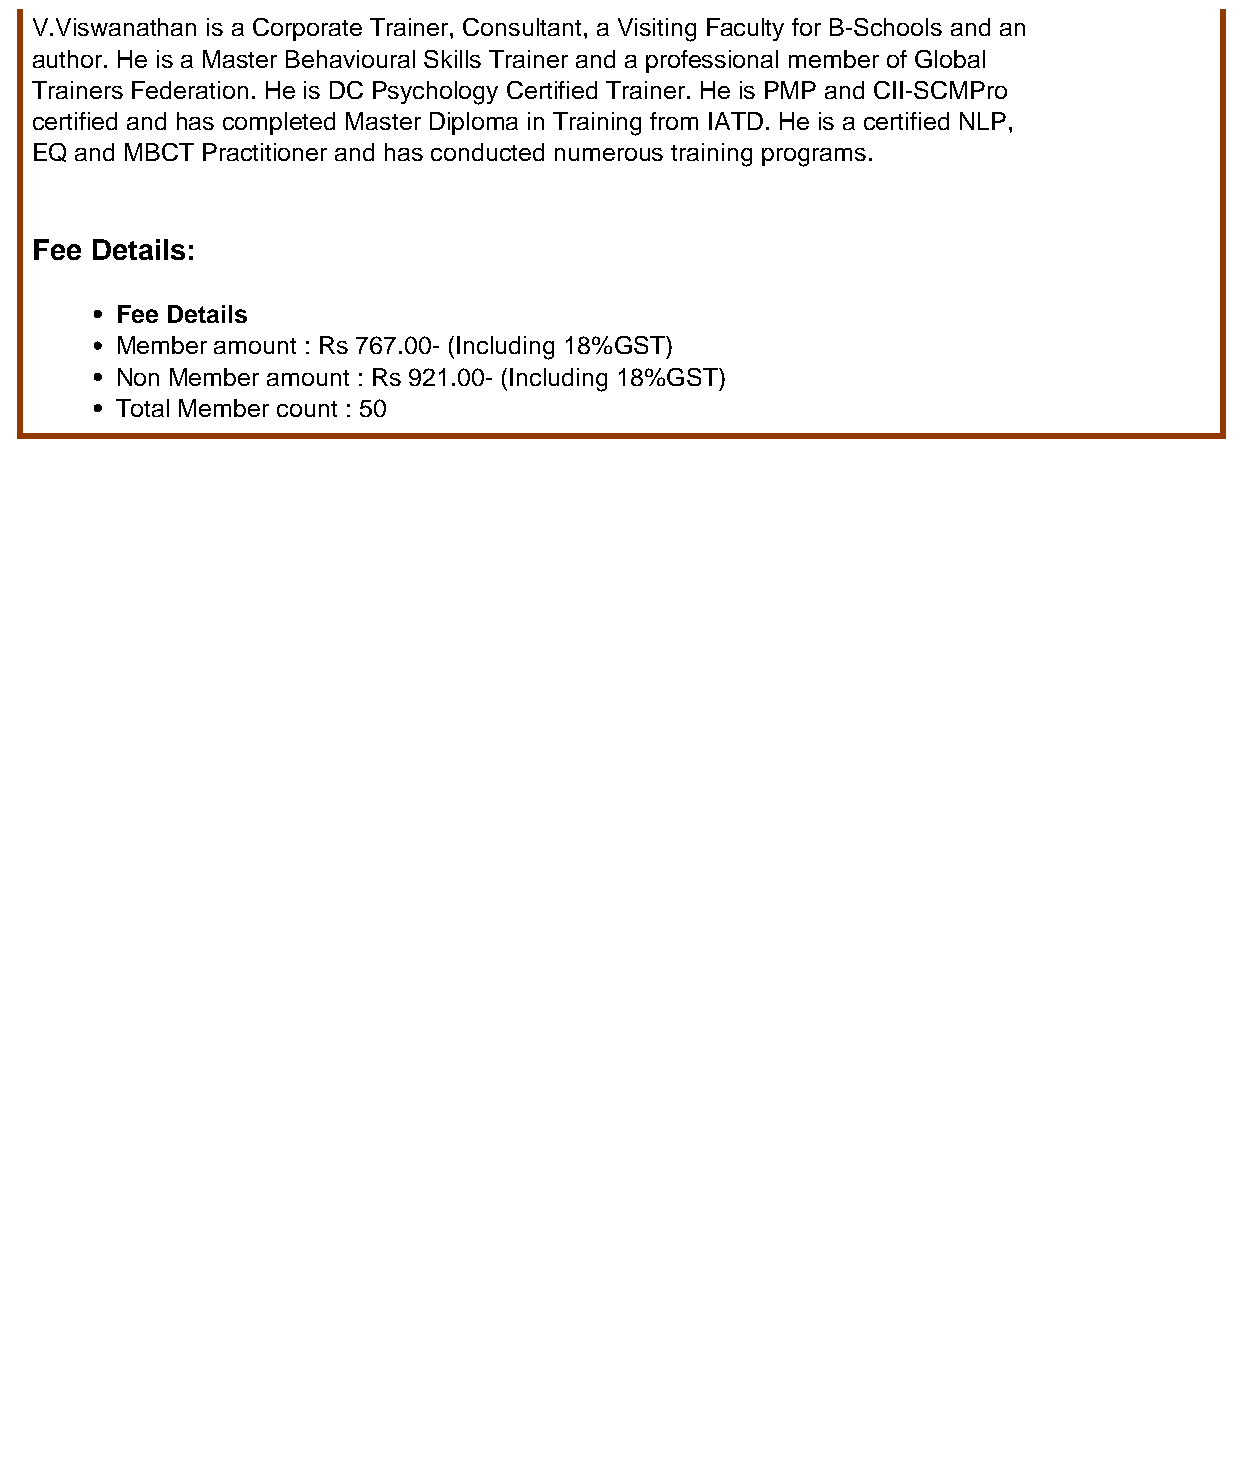
V.Viswanathan is a Corporate Trainer, Consultant, a Visiting Faculty for B-Schools and an
 author. He is a Master Behavioural Skills Trainer and a professional member of Global
 Trainers Federation. He is DC Psychology Certified Trainer. He is PMP and CII-SCMPro
 certified and has completed Master Diploma in Training from IATD. He is a certified NLP,
 EQ and MBCT Practitioner and has conducted numerous training programs.
 Fee Details:
 Fee Details
 Member amount : Rs 767.00- (Including 18%GST)
 Non Member amount : Rs 921.00- (Including 18%GST)
 Total Member count : 50
 Powered by TCPDF (www.tcpdf.org)